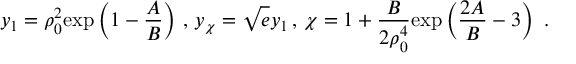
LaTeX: y _ { 1 } = \rho _ { 0 } ^ { 2 } \mathrm { e x p } \left( 1 - { \frac { A } { B } } \right) \, , \, y _ { \chi } = \sqrt { e } y _ { 1 } \, , \, \chi = 1 + { \frac { B } { 2 \rho _ { 0 } ^ { 4 } } } \mathrm { e x p } \left( { \frac { 2 A } { B } } - 3 \right) ~ .